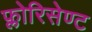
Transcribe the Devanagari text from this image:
फ्लोरिसेण्ट